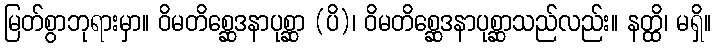
မြတ်စွာဘုရားမှာ။ ဝိမတိစ္ဆေဒနာပုစ္ဆာ (ပိ)၊ ဝိမတိစ္ဆေဒနာပုစ္ဆာသည်လည်း။ နတ္ထိ၊ မရှိ။